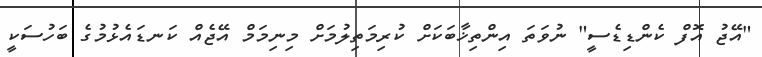
"އޭޖު އޮފް ކެންޑިޑެސީ" ނުވަތަ އިންތިޚާބަކަށް ކުރިމަތިލުމަށް މިނިމަމް އޭޖެއް ކަނޑައެޅުމުގެ ބަހުސަކީ